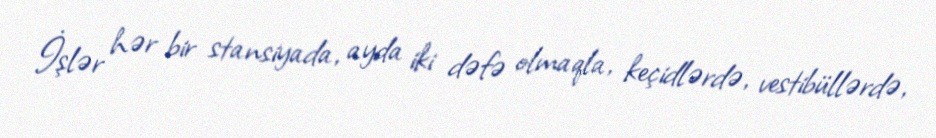
İşlər hər bir stansiyada, ayda iki dəfə olmaqla, keçidlərdə, vestibüllərdə,